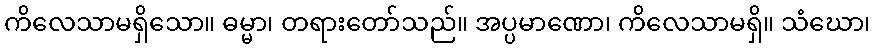
ကိလေသာမရှိသော။ ဓမ္မာ၊ တရားတော်သည်။ အပ္ပမာဏော၊ ကိလေသာမရှိ။ သံဃော၊